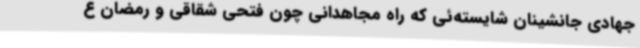
جهادی جانشینان شایسته‌ئی که راه مجاهدانی چون فتحی شقاقی و رمضان ع